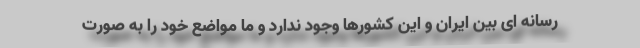
رسانه ای بین ایران و این کشورها وجود ندارد و ما مواضع خود را به صورت